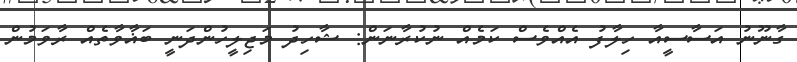
ގާނޫނު އަސާސީއާ ހިލާފު އެއްވެސް ކަމެއް ނުކުރާނަން: ޝާހިދު މަޖިލީހުންދަނީ ބަޣާވާތެއް ރާވަމުން